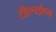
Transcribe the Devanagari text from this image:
टीएचईएम्